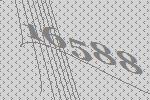
16588